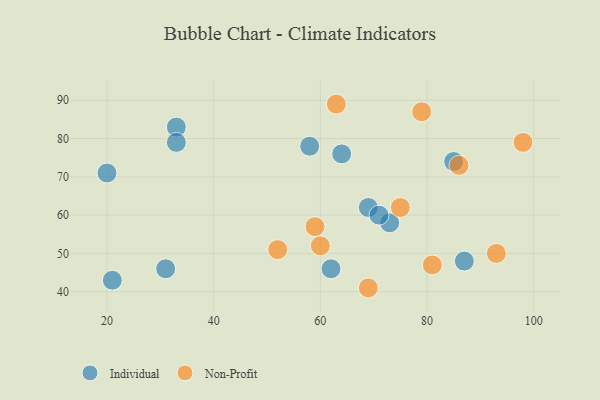
{"axis": {"x": "GDP", "y": "Life Expectancy"}, "legend": ["Individual", "Non-Profit"], "data": [{"x": "33", "y": 83, "type": "Individual"}, {"x": "69", "y": 62, "type": "Individual"}, {"x": "85", "y": 74, "type": "Individual"}, {"x": "62", "y": 46, "type": "Individual"}, {"x": "73", "y": 58, "type": "Individual"}, {"x": "20", "y": 71, "type": "Individual"}, {"x": "21", "y": 43, "type": "Individual"}, {"x": "71", "y": 60, "type": "Individual"}, {"x": "64", "y": 76, "type": "Individual"}, {"x": "58", "y": 78, "type": "Individual"}, {"x": "33", "y": 79, "type": "Individual"}, {"x": "87", "y": 48, "type": "Individual"}, {"x": "31", "y": 46, "type": "Individual"}, {"x": "93", "y": 50, "type": "Non-Profit"}, {"x": "75", "y": 62, "type": "Non-Profit"}, {"x": "59", "y": 57, "type": "Non-Profit"}, {"x": "69", "y": 41, "type": "Non-Profit"}, {"x": "52", "y": 51, "type": "Non-Profit"}, {"x": "63", "y": 89, "type": "Non-Profit"}, {"x": "98", "y": 79, "type": "Non-Profit"}, {"x": "60", "y": 52, "type": "Non-Profit"}, {"x": "81", "y": 47, "type": "Non-Profit"}, {"x": "86", "y": 73, "type": "Non-Profit"}, {"x": "79", "y": 87, "type": "Non-Profit"}]}